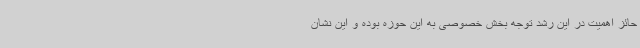
حائز اهمیت در این رشد توجه بخش خصوصی به این حوزه بوده و این نشان